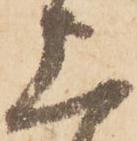
上